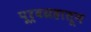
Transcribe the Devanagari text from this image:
पूर्वग्रहातून